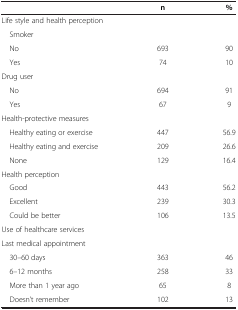
|  | n | % |
 | --- | --- | --- |
 | Life style and health perception |  |  |
 | Smoker |  |  |
 | No | 693 | 90 |
 | Yes | 74 | 10 |
 | Drug user |  |  |
 | No | 694 | 91 |
 | Yes | 67 | 9 |
 | Health-protective measures |  |  |
 | Healthy eating or exercise | 447 | 56.9 |
 | Healthy eating and exercise | 209 | 26.6 |
 | None | 129 | 16.4 |
 | Health perception |  |  |
 | Good | 443 | 56.2 |
 | Excellent | 239 | 30.3 |
 | Could be better | 106 | 13.5 |
 | Use of healthcare services |  |  |
 | Last medical appointment |  |  |
 | 30–60 days | 363 | 46 |
 | 6–12 months | 258 | 33 |
 | More than 1 year ago | 65 | 8 |
 | Doesn’t remember | 102 | 13 |